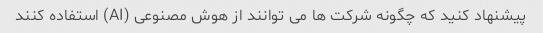
پیشنهاد کنید که چگونه شرکت ها می توانند از هوش مصنوعی (AI) استفاده کنند